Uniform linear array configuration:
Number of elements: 4
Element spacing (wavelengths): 0.75
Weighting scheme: hamming
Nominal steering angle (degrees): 30
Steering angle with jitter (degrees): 30.421
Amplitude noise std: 0.05
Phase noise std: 0.05

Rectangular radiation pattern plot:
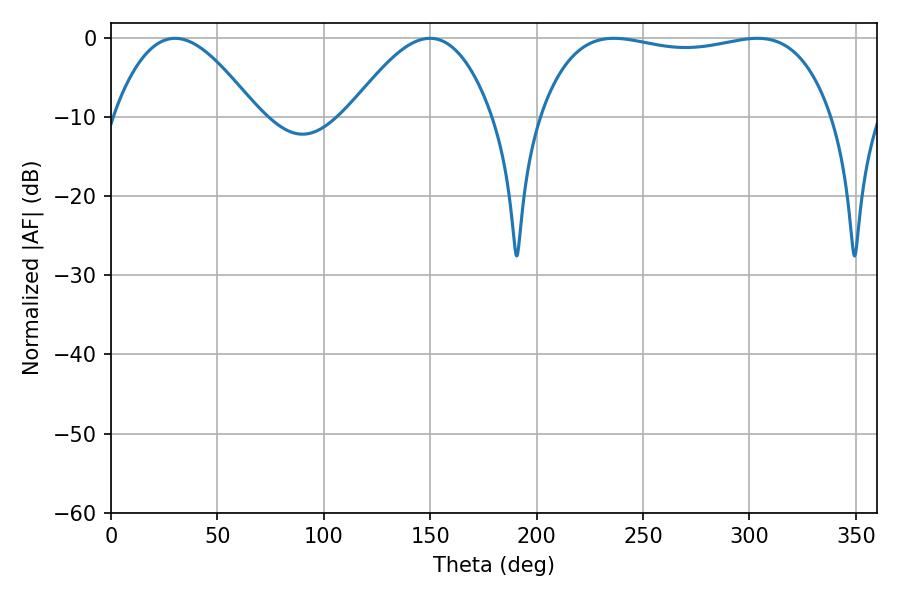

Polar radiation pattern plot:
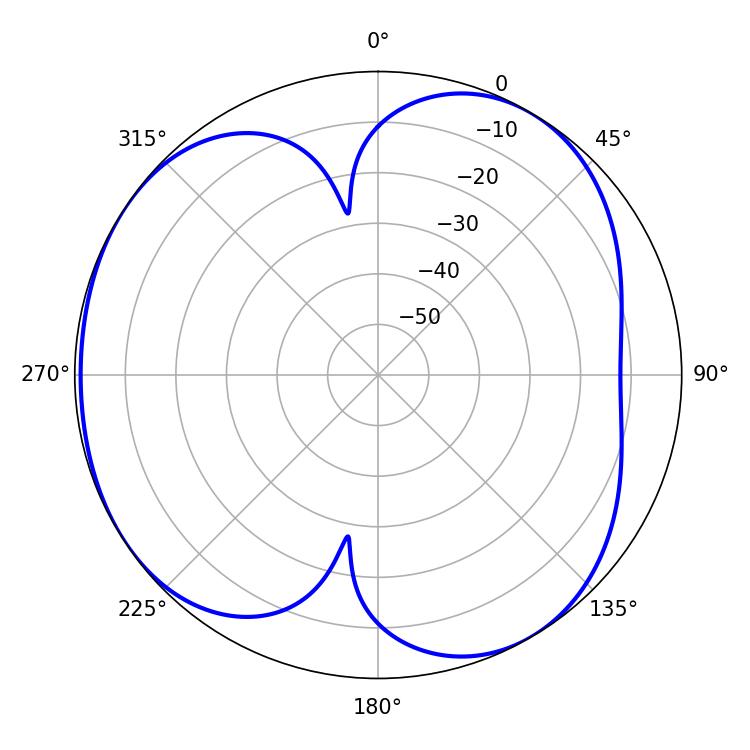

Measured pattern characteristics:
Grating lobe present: TRUE
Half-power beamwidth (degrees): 110.52
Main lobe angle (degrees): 236.34